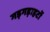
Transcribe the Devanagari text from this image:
गड़गड़ाहटों